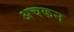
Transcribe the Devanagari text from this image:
अचकन